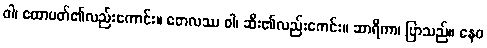
ဝါ၊ ထောပတ်၏လည်းကောင်း။ တေလဿ ဝါ၊ ဆီး၏လည်းကေင်း။ ဆာရိကာ၊ ပြာသည်။ နေဝ